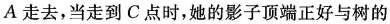
A走去，当走到C点时，她的影子顶端正好与树的